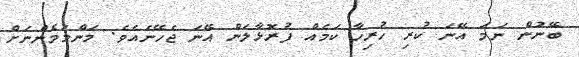
ބޭނުން ނަމަ އޭނަ ކުރި ހުރިހާ ކަމެއް ފުރޮޅާލަން އޭނަ ޖެހޭނެއެވެ. މަންމަމެންނަށް